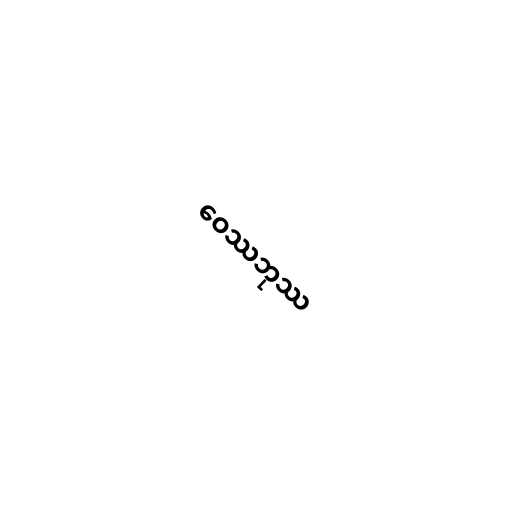
ဝေဿဘုဿ